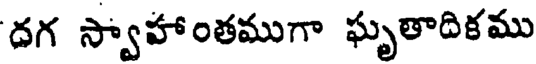
దగ స్వాహాంతముగా ఘృతాదికము